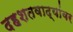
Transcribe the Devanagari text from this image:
दहशतवाद्यांवर